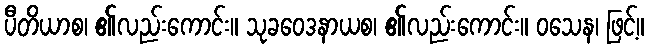
ပီတိယာစ၊ ၏လည်းကောင်း။ သုခဝေဒနာယစ၊ ၏လည်းကောင်း။ ဝသေန၊ ဖြင့်။